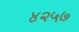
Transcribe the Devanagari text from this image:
४२५७